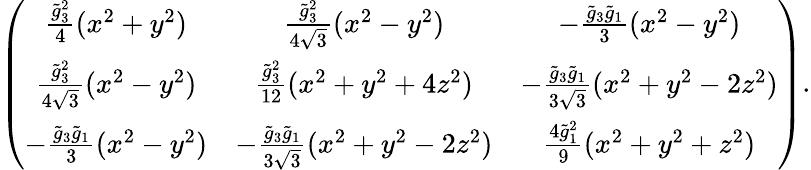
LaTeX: \left(\begin{array}{ccc}{{\frac{\tilde{g}_{3}^{2}}{4}(x^{2}+y^{2})}}&{{\frac{\tilde{g}_{3}^{2}}{4\sqrt{3}}(x^{2}-y^{2})}}&{{-\frac{\tilde{g}_{3}\tilde{g}_{1}}{3}(x^{2}-y^{2})}}\\ {{\frac{\tilde{g}_{3}^{2}}{4\sqrt{3}}(x^{2}-y^{2})}}&{{\frac{\tilde{g}_{3}^{2}}{12}(x^{2}+y^{2}+4z^{2})}}&{{-\frac{\tilde{g}_{3}\tilde{g}_{1}}{3\sqrt{3}}(x^{2}+y^{2}-2z^{2})}}\\ {{-\frac{\tilde{g}_{3}\tilde{g}_{1}}{3}(x^{2}-y^{2})}}&{{-\frac{\tilde{g}_{3}\tilde{g}_{1}}{3\sqrt{3}}(x^{2}+y^{2}-2z^{2})}}&{{\frac{4\tilde{g}_{1}^{2}}{9}(x^{2}+y^{2}+z^{2})}}\end{array}\right).